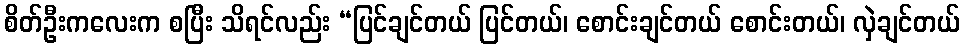
စိတ်ဦးကလေးက စပြီး သိရင်လည်း “ပြင်ချင်တယ် ပြင်တယ်၊ စောင်းချင်တယ် စောင်းတယ်၊ လှဲချင်တယ်